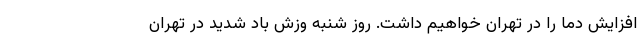
افزایش دما را در تهران خواهیم داشت. روز شنبه وزش باد شدید در تهران